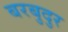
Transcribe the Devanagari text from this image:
बरबुदुर